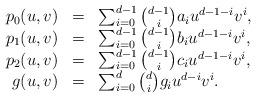
LaTeX: \begin{align*} \begin{array}{rcl} p_0(u,v) & =& \sum _{i=0}^{d-1} {\binom{d-1} {i}}a_iu^{d-1-i}v^{i}, \\p_1(u,v) & = & \sum _{i=0}^{d-1}{\binom{d-1} i}b_iu^{d-1-i}v^{i}, \\p_2(u,v) & = & \sum _{i=0}^{d-1}{\binom{d-1} i}c_iu^{d-1-i}v^{i}, \\ g(u,v) & = & \sum _{i=0}^{d}{\binom{d} i}g_iu^{d-i}v^{i}. \end{array} \end{align*}